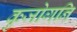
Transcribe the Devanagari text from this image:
कुजोगनि